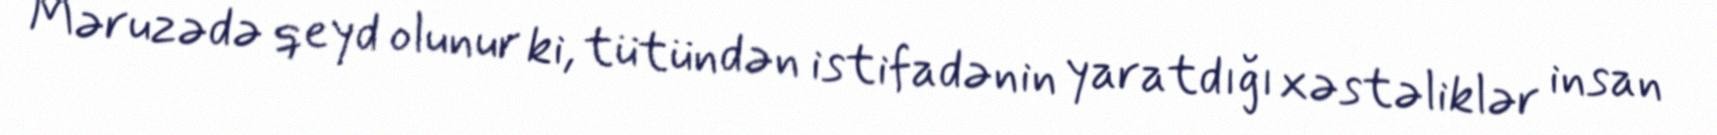
Məruzədə qeyd olunur ki, tütündən istifadənin yaratdığı xəstəliklər insan